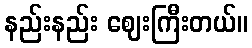
နည်းနည်း ဈေးကြီးတယ်။